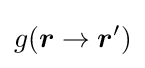
g({\boldsymbol {r}}\rightarrow {\boldsymbol {r}}')